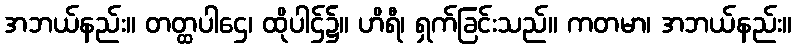
အဘယ်နည်း။ တတ္ထပါဌေ၊ ထိုပါဌ်၌။ ဟိရီ၊ ရှက်ခြင်းသည်။ ကတမာ၊ အဘယ်နည်း။